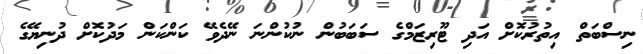
ނިސްބަތް އިތުރުކޮށް އަދި ޓޫރިޒަމްގެ ސަބަބުން ނުކުންނަ ނޭދެވޭ ކަންކަން މަދުކޮށް ދުނިޔޭގެ